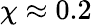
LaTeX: \chi\approx 0.2